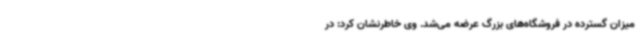
میزان گسترده در فروشگاه‌های بزرگ عرضه می‌شد. وی خاطرنشان کرد: در